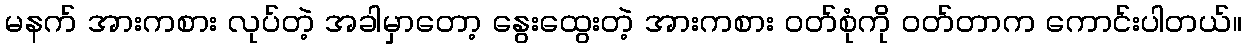
မနက် အားကစား လုပ်တဲ့ အခါမှာတော့ နွေးထွေးတဲ့ အားကစား ဝတ်စုံကို ဝတ်တာက ကောင်းပါတယ်။